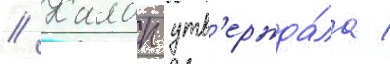
// Калап утв'ержда́ла /